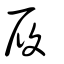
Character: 履